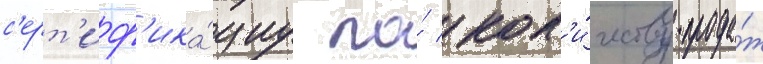
с'ерт'иф'ика́циу по́ кол'и́честву прода́ж